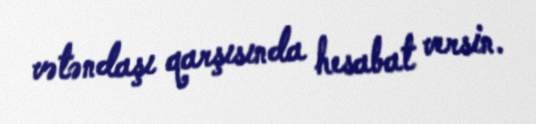
vətəndaşı qarşısında hesabat versin.